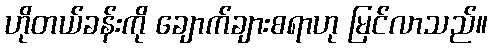
ဟိုတယ်ခန်းကို ချောက်ချားစရာဟု မြင်လာသည်။